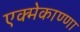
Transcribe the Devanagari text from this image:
एक्मेकाण्णा